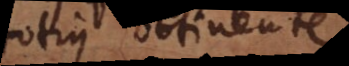
totius obtinente.